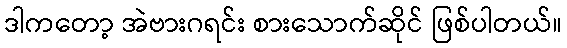
ဒါကတော့ အဲဗားဂရင်း စားသောက်ဆိုင် ဖြစ်ပါတယ်။